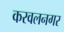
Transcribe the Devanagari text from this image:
करवलनगर